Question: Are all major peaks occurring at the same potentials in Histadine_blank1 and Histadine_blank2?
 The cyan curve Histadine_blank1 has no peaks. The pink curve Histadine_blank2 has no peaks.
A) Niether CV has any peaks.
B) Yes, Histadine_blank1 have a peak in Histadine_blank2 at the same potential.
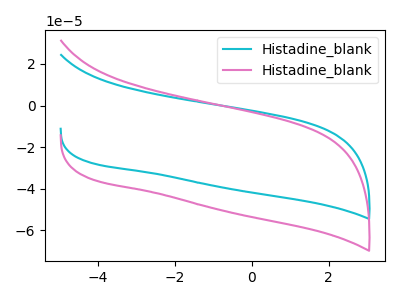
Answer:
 <answer>A) Niether CV has any peaks.</answer>
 <eval>A</eval>